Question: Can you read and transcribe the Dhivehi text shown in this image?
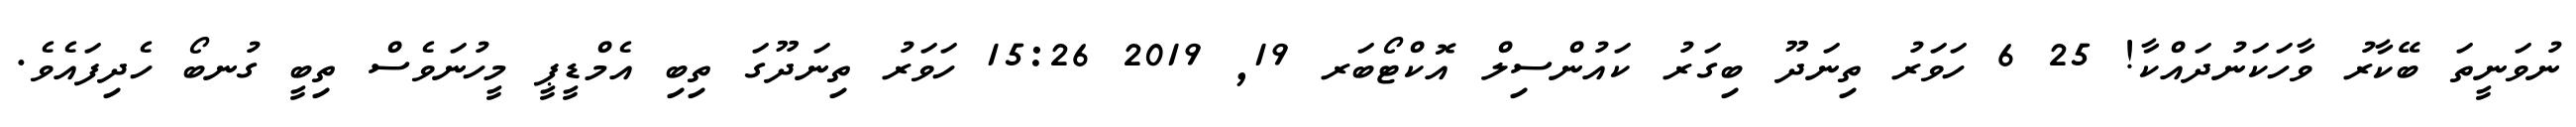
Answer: ނުވަނީތަ ބޭކާރު ވާހަކަނުދައްކާ! 25 6 ހަވަރު ތިނަދޫ ބިގަރު ކައުންސިލް އޮކްޓޯބަރ 19, 2019 15:26 ހަވަރު ތިނަދޫގަ ތިބި އެމްޑީޕީ މީހުނަވެސް ތިބީ ގުނބޯ ހެދިފައެވެ.